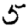
Digit: 5